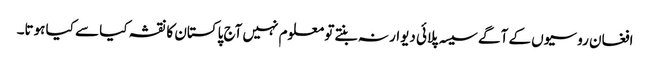
افغان روسیوں کے آگے سیسہ پلائی دیوار نہ بنتے تو معلوم نہیں آج پاکستان کا نقشہ کیا سے کیا ہوتا۔